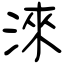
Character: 淶